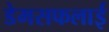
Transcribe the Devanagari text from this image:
डेमसफलाई